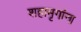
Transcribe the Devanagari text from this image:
शहामृगांना